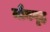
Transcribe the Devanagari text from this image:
मौनगृह